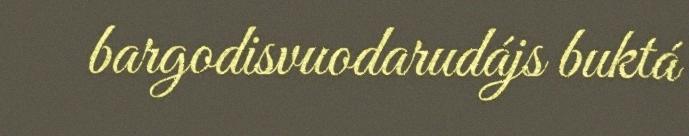
bargodisvuodarudájs buktá